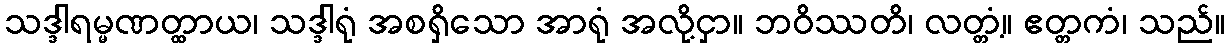
သဒ္ဒါရမ္မဏတ္ထာယ၊ သဒ္ဒါရုံ အစရှိသော အာရုံ အလို့ငှာ။ ဘဝိဿတိ၊ လတ္တံ့။ ဧတ္တကံ၊ သည်။